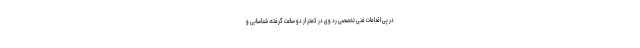
در پی اقدامات فنی تخصصی رد وی در کمتر از دو ساعت گرفته، شناسایی و